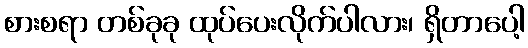
စားစရာ တစ်ခုခု ထုပ်ပေးလိုက်ပါလား၊ ရှိတာပေါ့